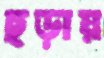
ছড়ায়